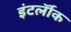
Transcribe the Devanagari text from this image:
इंटर्लॉक